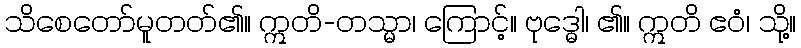
သိစေတော်မူတတ်၏။ ဣတိ-တသ္မာ၊ ကြောင့်။ ဗုဒ္ဓေါ၊ ၏။ ဣတိ ဧဝံ၊ သို့။